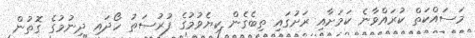
މަސައްކަތް ކުރައްވާނެ ކަމަށާއި ރަށުގައި ތިބެގެން ކިޔެވުމުގެ ފުރުސަތު ހޯދައި ދިނުމުގެ ގޮތުން